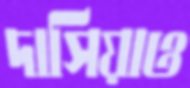
দাসিয়াও